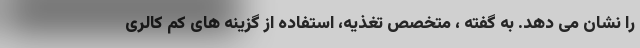
را نشان می دهد. به گفته ، متخصص تغذیه، استفاده از گزینه های کم کالری